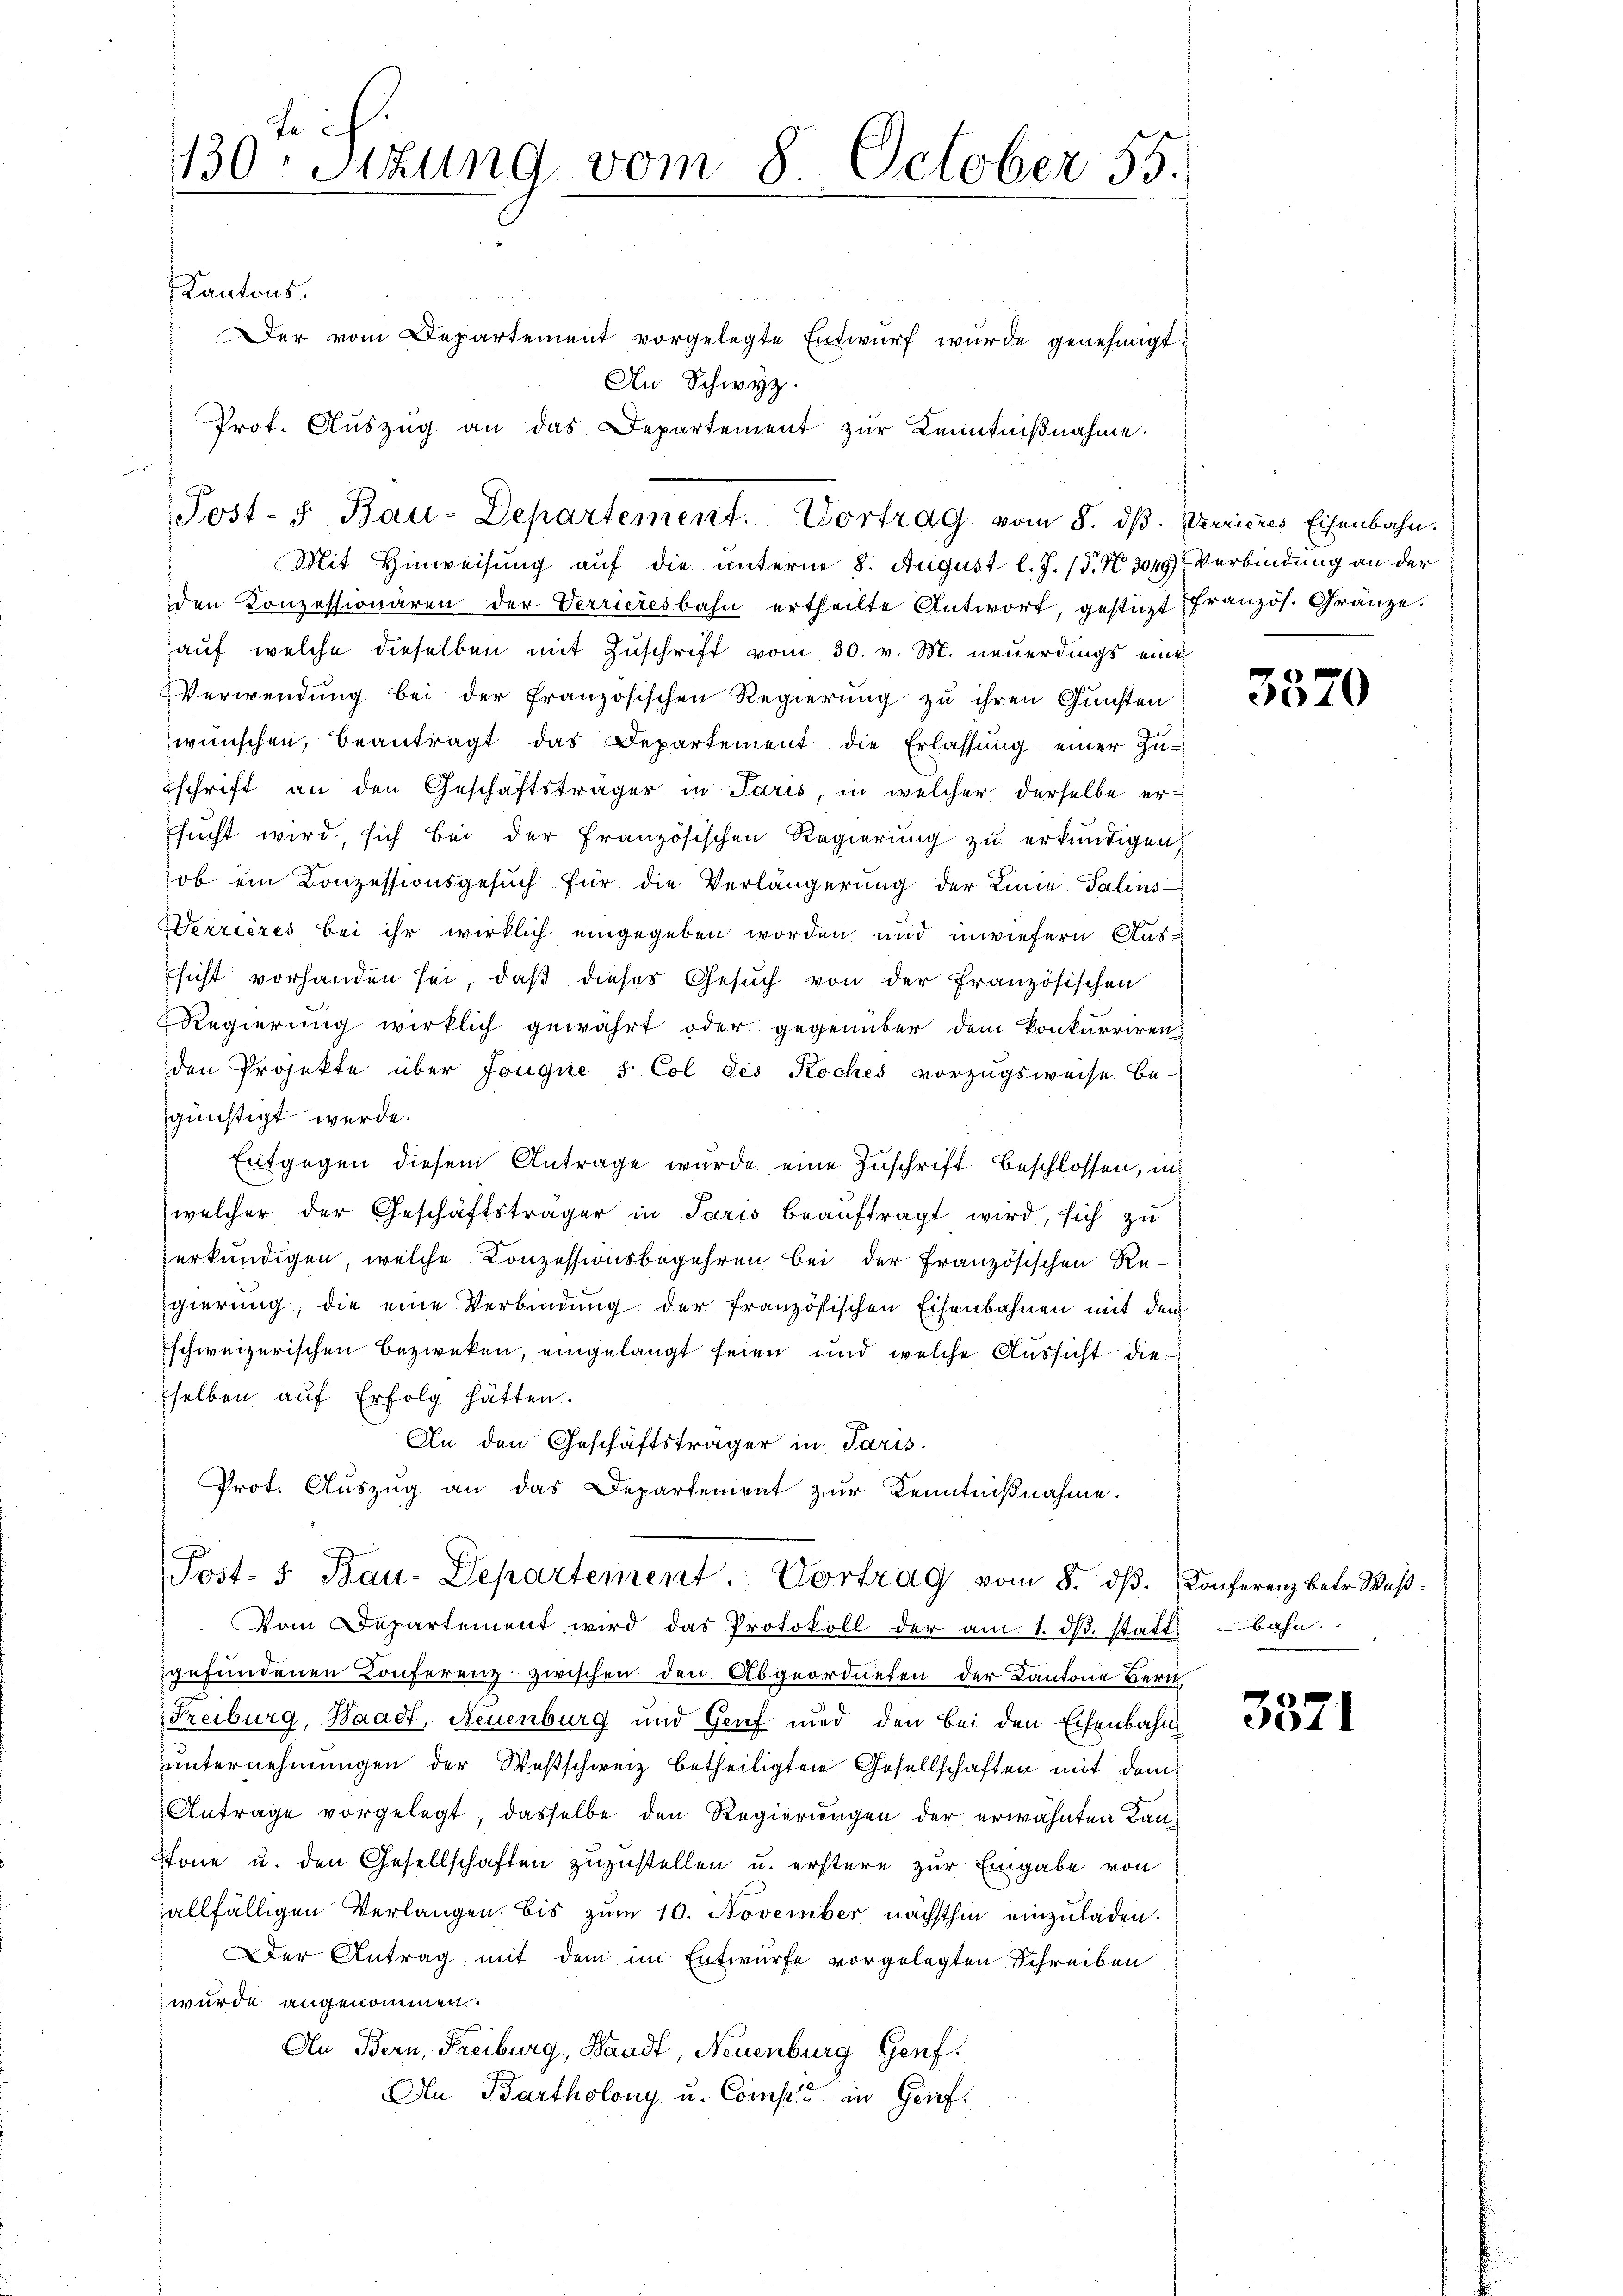
ge

1130. Sitzung vom 8. October 55.

Kantons.
Der vom Departement vorgelegte Entwurf wurde genehmigt.
An Schwyz.
Prot. Auszug an das Departement zur Kenntnißnahme.
Mit Hinweisung auf die unterne 8. August l. J. (T. N. 3049) Verbindung an der
den Konzessionären der Verrieresbahn ertheilte Antwort, gestüzt französ. Gränze.
auf welche dieselben mit Zuschrift vom 30. v. M. neuerdings eine
Verwendung bei der französischen Regierung zu ihren Gunsten
wünschen, beantragt das Departement die Erlassŭng einer Zuschrift an den Geschäftsträger in Paris, in welcher derselbe ersucht wird, sich bei der französischen Regierung zu erkundigen,
ob ein Conzessionsgesŭch für die Verlängerŭng der Linie Talins
Werrières bei ihr wirklich eingegeben worden und inwiefern. Aussicht vorhanden sei, daß dieses Gesuch von der Französischen
Regierung wirklich gewährt oder gegenüber dem konkurriren-
den Projekte über Jougne 5 Col des Koches vorzugsweise be-
günstigt werde.
Entgegen diesem Antrage wurde eine Zuschrift beschlossen, in
welcher der Geschäftsträger in Paris beaŭftragt wird, sich zu
erkundigen, welche Konzessionsbegehren bei der französischen Re-
gierung, die eine Verbindung der französischen Eisenbahnen mit dem
schweizerischen bezweken, eingelangt seien und welche Aussicht dieselben auf Erfolg hätten.
An den Geschäftsträger in Paris.
Prot. Auszug an das Departement zur Kenntnißnahme.
Post- 5. Bau-Departement. Vortrag vom 8. dβ. Konferenz betr. West¬
Vom Departement wird das Protokoll der am 1. dβ. stattbahn.
gefundenen Conferenz zwischen den Abgeordneten der Kantone Beric
Freiburg, Waadt, Neuenburg und Genf und den bei den Eisenbahn
unternehmungen der Westschweiz betheiligten Gesellschaften mit dem
Antrage vorgelegt, dasselbe den Regierungen der erwähnten Kan¬
Stone u. den Gesellschaften zuzustellen u. erstere zur Eingabe von
allfälligen Verlangen bis zŭm 10. November nächsthin einzŭladen.
Der Antrag mit dem im Entwurfe vorgelegten Schreiben
wurde angenommen.
An Bern, Freiburg, Waadt, Neuenburg Genf.
An Bartholony u. Compić in Graf

Post- u Bau-Departement. Vortrag vom 8. dβ. Verrieres Eisenbahn.

3570

3371